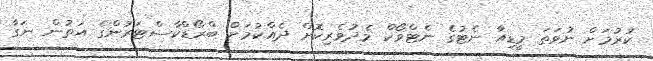
ކުރުމަށް ނުވަތަ މީޑިއާ ނެޓުގެ ނެޓްވޯކް މެދުވެރިކޮށް ދެއްކުމަށް ބްރޯޑްކާސްޓަރުންގެ އަތުން ނަގާ